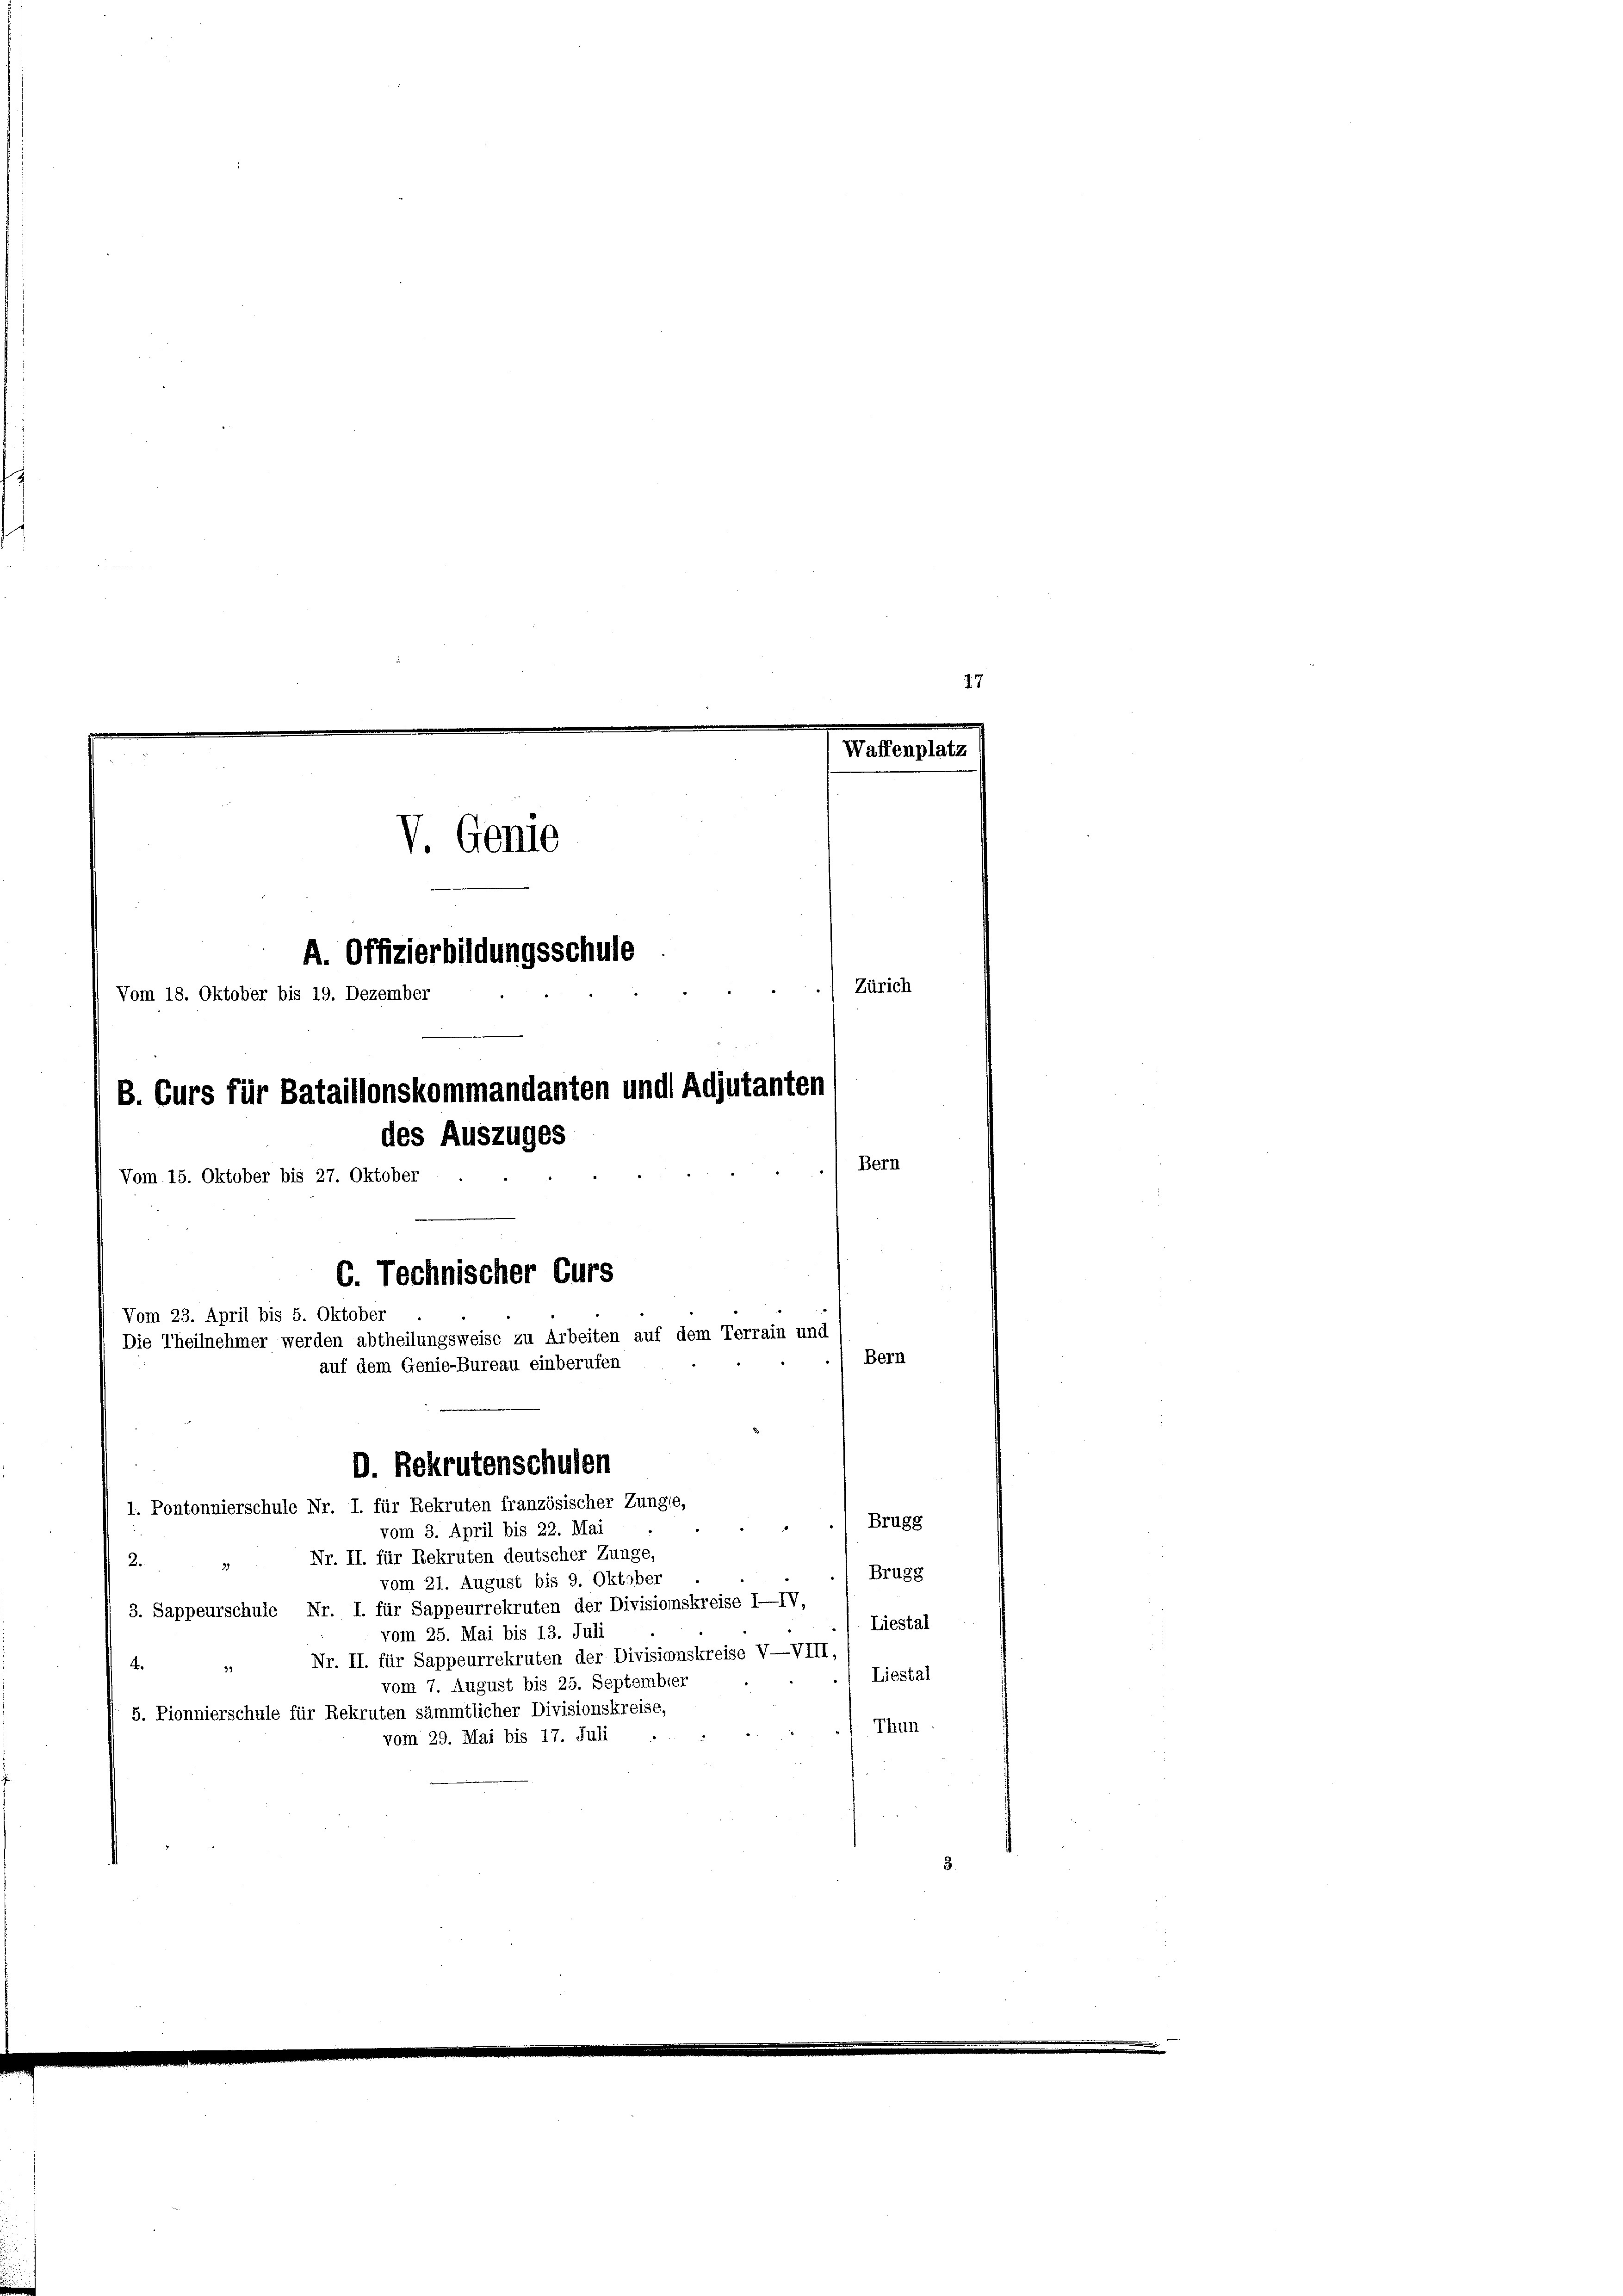
Waffenplatz
V. Genie
A. Offizierbildungsschule
Zürich
B. Curs für Bataillonskommandanten und Adjutanten
des Auszuges
Bern
Vom 15. Oktober bis 27. Oktober
6. Technischer Curs
Vom 23. April bis 5. Oktober
Die Theilnehmer werden abtheilungsweise zu Arbeiten auf dem Terrain und
Bern
auf dem Genie-Bureau einberufen

Vom 18. Oktober bis 19. Dezember

1. Pontonnierschule Nr. I. für Rekruten französischer Zunge,
vom 3. April bis 22. Mai
Nr. II. für Rekruten deutscher Zunge,
2.
3)
vom 21. August bis 9. Oktober
3. Sappeurschule Nr. I. für Sappeurrekruten der Divisionskreise I—IV,
vom 25. Mai bis 13. Juli
Nr. II. für Sappeurrekruten der Divisionskreise V—VIII,
.
vom 7. August bis 25. September
5. Pionnierschule für Rekruten sämmtlicher Divisionskreise,
Thun.
vom 29. Mai bis 17. Juli ...
3

D. Rekrutenschulen

47

Brugg
Brugg
Liestal
Liestal